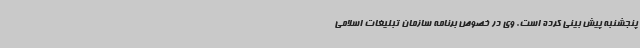
پنجشنبه پیش بینی کرده است. وی در خصوص برنامه سازمان تبلیغات اسلامی